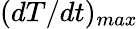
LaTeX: {(dT/dt})_{max}